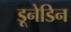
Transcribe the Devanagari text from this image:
डूनेडिन